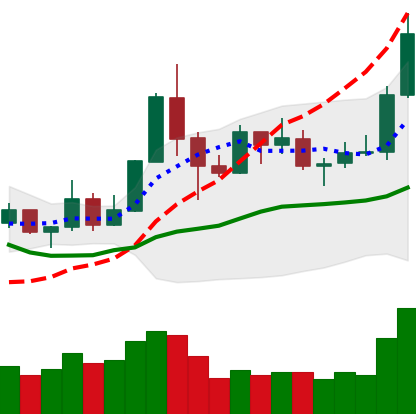
Ticker: TRX-USD
Chart end date: 2019-05-27
Forward return: 6.673%
Label: up_5_7